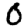
Digit: 0